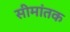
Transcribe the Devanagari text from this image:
सीमांतक